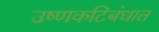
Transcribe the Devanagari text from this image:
उष्णकटिबंधात